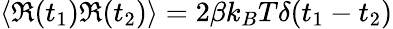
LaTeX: \langle\Re(t_{1})\Re(t_{2})\rangle=2\beta k_{B}T\delta(t_{1}-t_{2})